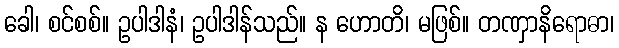
ခေါ၊ စင်စစ်။ ဥပါဒါနံ၊ ဥပါဒါန်သည်။ န ဟောတိ၊ မဖြစ်။ တဏှာနိရောဓာ၊